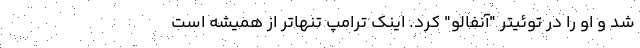
شد و او را در توئیتر "آنفالو" کرد. اینک ترامپ تنهاتر از همیشه است